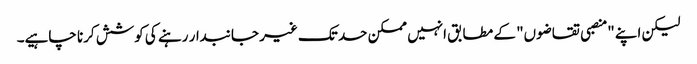
لیکن اپنے "منصبی تقاضوں" کے مطابق انہیں ممکن حد تک غیر جانبدار رہنے کی کوشش کرنا چاہیے۔